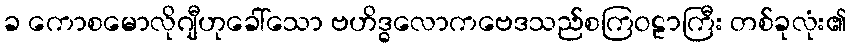
ခ ကောစမောလိုဂျီဟုခေါ်သော ဗဟိဒ္ဓလောကဗေဒသည်စကြဝဠာကြီး တစ်ခုလုံး၏